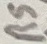
Text: RS